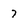
Character: 7